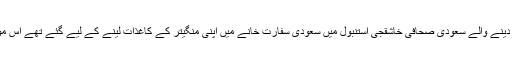
واشنگٹن پوسٹ کے لیے خدمات انجام دینے والے سعودی صحافی خاشقجی استنبول میں سعودی سفارت خانے میں اپنی منگیتر کے کاغذات لینے کے لیے گئے تھے اس موقع پر ان کی منگیتر باہر موجود تھیں۔